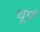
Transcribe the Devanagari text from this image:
धूपं